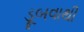
ડૂબવાથી